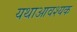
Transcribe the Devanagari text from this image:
यथाआवश्यक